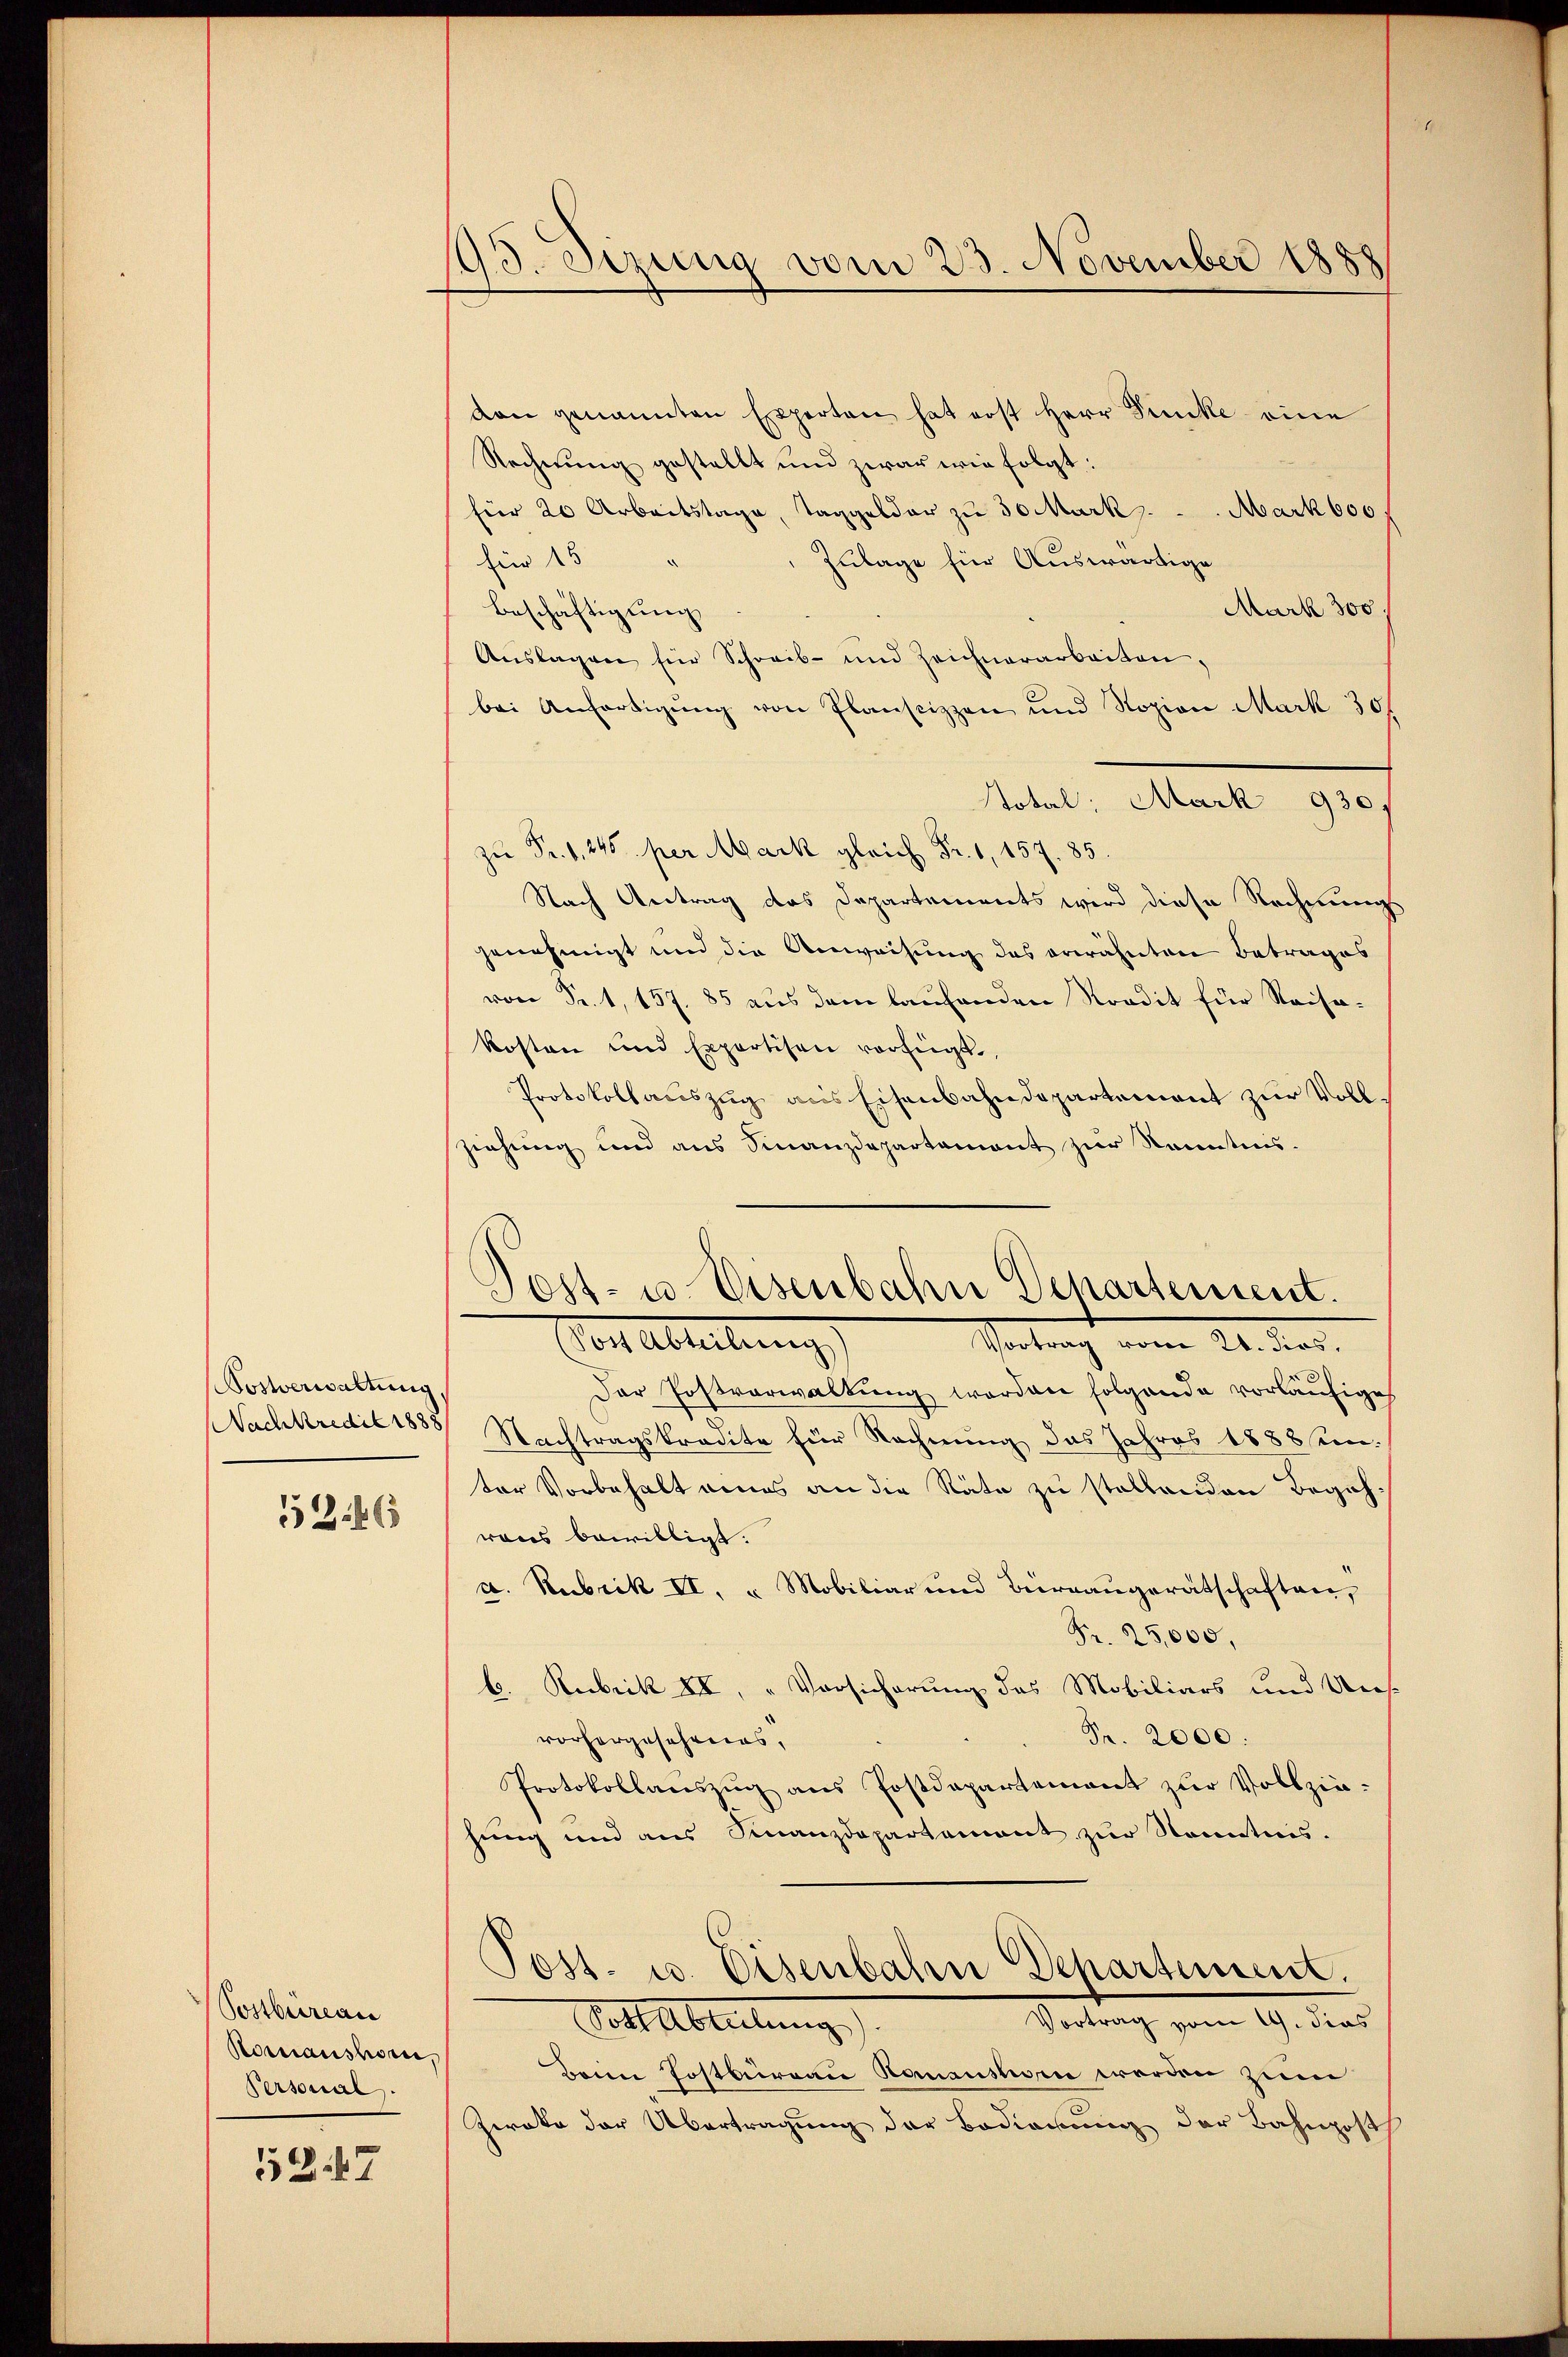
Sostverwaltung
Nachkredit 1888

526

Postbureau
Romanston,
Personal

5247

5
Sizung vom 23. November 1888

von genannten Experten hat erst Herr Dinke eine
Rechnung gestellt und zwar wie folgt:
für 20 Arbeitstage, Taggelder zu 30 Mark.  .. Mark 600.
für 15
Zulage für Auswärtige
Mark 300
Beschäftigung
Auslagen für Schreib- und Zeichnerarbeiten.
bei Anfertigung von Planscizzen und Rozion Mark 30/
Notal: Mark 930.
 Fr. 1, 245 per Mark gleich Fr. 1, 157. 85.
Nach Antrag des Departements wird diese Rechnungs
genehmigt und die Anweihung des erwähnten Betrages
von Sr. 1, 157. 85 aus dem laufenden Kredit für Reisakosten und Expertisen verfügt,
Protokollauszug aus Eisenbahndepartement zur Vollziehung und aus Finanzdepartement zur Kenntnis.

Post- u. Eisenbahn Departement.
Vor Abteilung,
Vortrag vom 21. dies

Der Postverwaltŭng worden folgende vorläŭfige
Nachtragskredite für Rechnung das Jahres 1888 ein
ter Vorbehalt eines an die Räte zu stellenden Begeh-
rons bewilligt.
u. Rubrik II. u Mobiliar und Büreaugerätschaften,
Fr. 25,000,
b. Rubrik II, „Vorsicherung das Mobiliars und Un¬
Fr. 2000.
vorhergesehenes,
Protokollauszug aus Postdepartement zur Vollzie-
hung und aus Finanzdepartement zur Kenntnis.
Post. u. Eisenbahn Departement.
Vortrag vom 19. dies
Golt Abteilung
Bann Postburgau Bauaushorn werden zum
Zwoka der Übertragung der Bedienung der Bahnposth